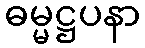
ဓမ္မဋ္ဌပနာ